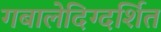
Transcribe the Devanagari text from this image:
गबालेदिग्दर्शित